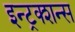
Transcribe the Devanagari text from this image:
इन्ट्रक्शन्स